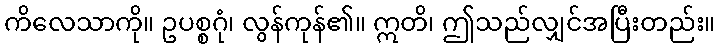
ကိလေသာကို။ ဥပစ္စဂုံ၊ လွန်ကုန်၏။ ဣတိ၊ ဤသည်လျှင်အပြီးတည်း။